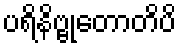
ပရိနိဗ္ဗုတောတိပိ